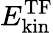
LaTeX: E_{\mathrm{kin}}^{\mathrm{TF}}